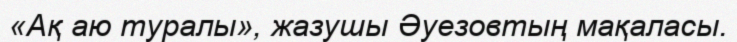
«Ақ аю туралы», жазушы Әуезовтың мақаласы.